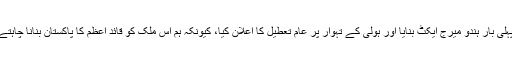
انہوں نے کہا کہ سندھ حکومت نے اقلیتوں اوران کی نسلوں کو تحفظ دیا، پاکستان کی تاریخ میں پہلی بار ہندو میرج ایکٹ بنایا اور ہولی کے تہوار پر عام تعطیل کا اعلان کیا، کیونکہ ہم اس ملک کو قائد اعظم کا پاکستان بنانا چاہتے ہیں، جبکہ قائد اعظم نے کہا تھا اس ملک میں آپ کسی بھی عبادت گاہ جانے کے لیے آزاد ہیں۔